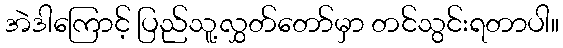
အဲဒါကြောင့် ပြည်သူ့လွှတ်တော်မှာ တင်သွင်းရတာပါ။